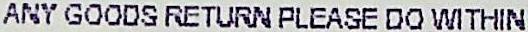
ANY GOODS RETURN PLEASE DO WITHIN